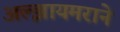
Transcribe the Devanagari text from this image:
अल्झायमराने